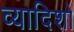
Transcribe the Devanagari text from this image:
व्यादिशो